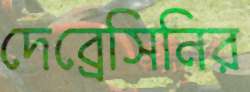
দেব্রেসিনির